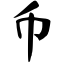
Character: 币